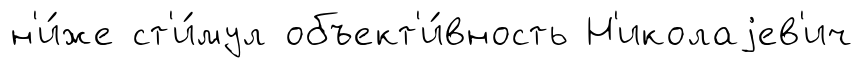
н'и́же ст'и́мул объект'и́вность Н'иколаjев'ич